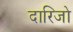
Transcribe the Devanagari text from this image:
दारिजो